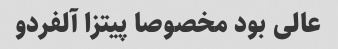
عالی بود مخصوصا پیتزا آلفردو